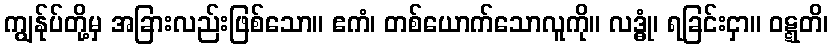
ကျွန်ုပ်တို့မှ အခြားလည်းဖြစ်သော။ ဧကံ၊ တစ်ယောက်သောလူကို။ လဒ္ဓုံ၊ ရခြင်းငှာ။ ဝဋ္ဋတိ၊